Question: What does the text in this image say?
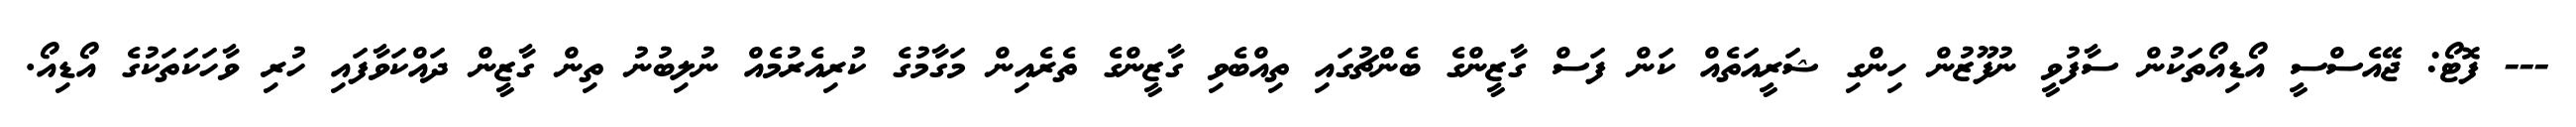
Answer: --- ފޮޓޯ: ޖޭއެސްސީ އޯޑިއޯތަކުން ސާފުވީ ނުފޫޒުން ހިންގި ޝަރީއަތެއް ކަން ފަސް ގާޒީންގެ ބެންޗުގައި ތިއްބެވި ގާޒީންގެ ތެރެއިން މަގާމުގެ ކުރިއެރުމެއް ނުލިބުނު ތިން ގާޒީން ދައްކަވާފައި ހުރި ވާހަކަތަކުގެ އޯޑިއޯ.